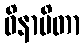
ဝိနာမိတာ